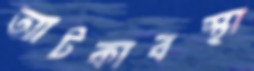
আটকাবস্থা